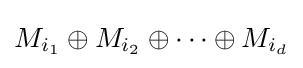
M_{i_{1}}\oplus M_{i_{2}}\oplus \cdots \oplus M_{i_{d}}